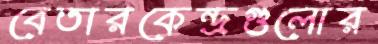
বেতারকেন্দ্রগুলোর